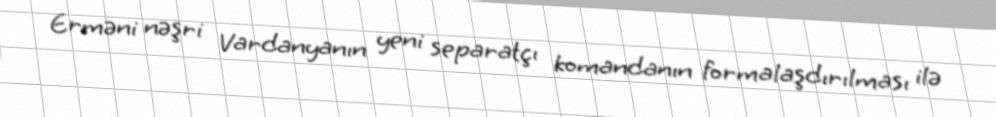
Erməni nəşri Vardanyanın yeni separatçı komandanın formalaşdırılması ilə